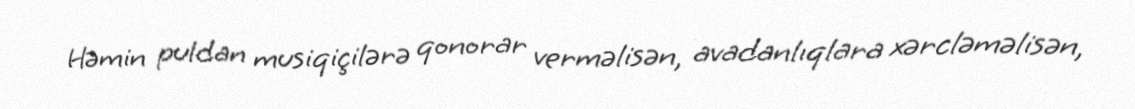
Həmin puldan musiqiçilərə qonorar verməlisən, avadanlıqlara xərcləməlisən,